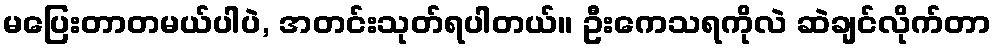
မပြေးတာတမယ်ပါပဲ, အတင်းသုတ်ရပါတယ်။ ဦးကေသရကိုလဲ ဆဲချင်လိုက်တာ